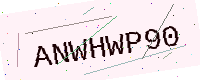
Text: ANWHWP90